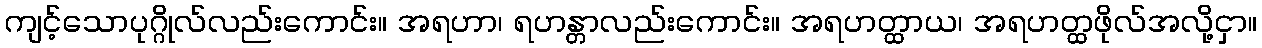
ကျင့်သောပုဂ္ဂိုလ်လည်းကောင်း။ အရဟာ၊ ရဟန္တာလည်းကောင်း။ အရဟတ္ထာယ၊ အရဟတ္ထဖိုလ်အလို့ငှာ။